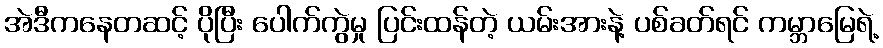
အဲဒီကနေတဆင့် ပိုပြီး ပေါက်ကွဲမှု ပြင်းထန်တဲ့ ယမ်းအားနဲ့ ပစ်ခတ်ရင် ကမ္ဘာမြေရဲ့